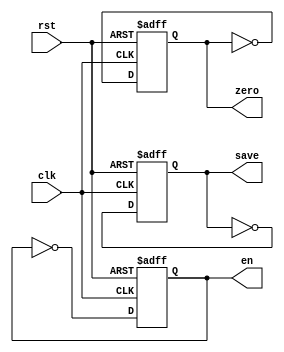
`timescale 1ns / 1ps

module control(
input clk,
input rst,
output reg en,
output reg zero,
output reg save
);

always @(posedge clk or negedge rst) begin
    if (~rst) begin
        en <= 1;
        zero <= 1;
        save <= 0;
    end 
    else begin
        en <= ~en;
        zero <= ~zero;
        save <= ~save;
    end
end

endmodule